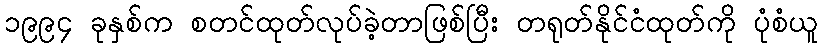
၁၉၉၄ ခုနှစ်က စတင်ထုတ်လုပ်ခဲ့တာဖြစ်ပြီး တရုတ်နိုင်ငံထုတ်ကို ပုံစံယူ